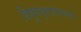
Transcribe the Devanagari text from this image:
विषुववृत्ताजवळचा